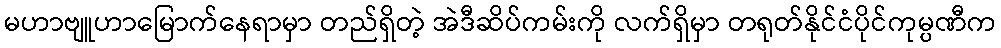
မဟာဗျူဟာမြောက်နေရာမှာ တည်ရှိတဲ့ အဲဒီဆိပ်ကမ်းကို လက်ရှိမှာ တရုတ်နိုင်ငံပိုင်ကုမ္ပဏီက